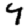
Digit: 9